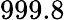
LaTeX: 999.8